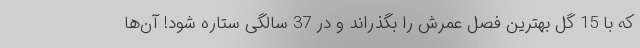
که با 15 گل بهترین فصل عمرش را بگذراند و در 37 سالگی ستاره شود! آن‌ها